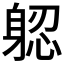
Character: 躵